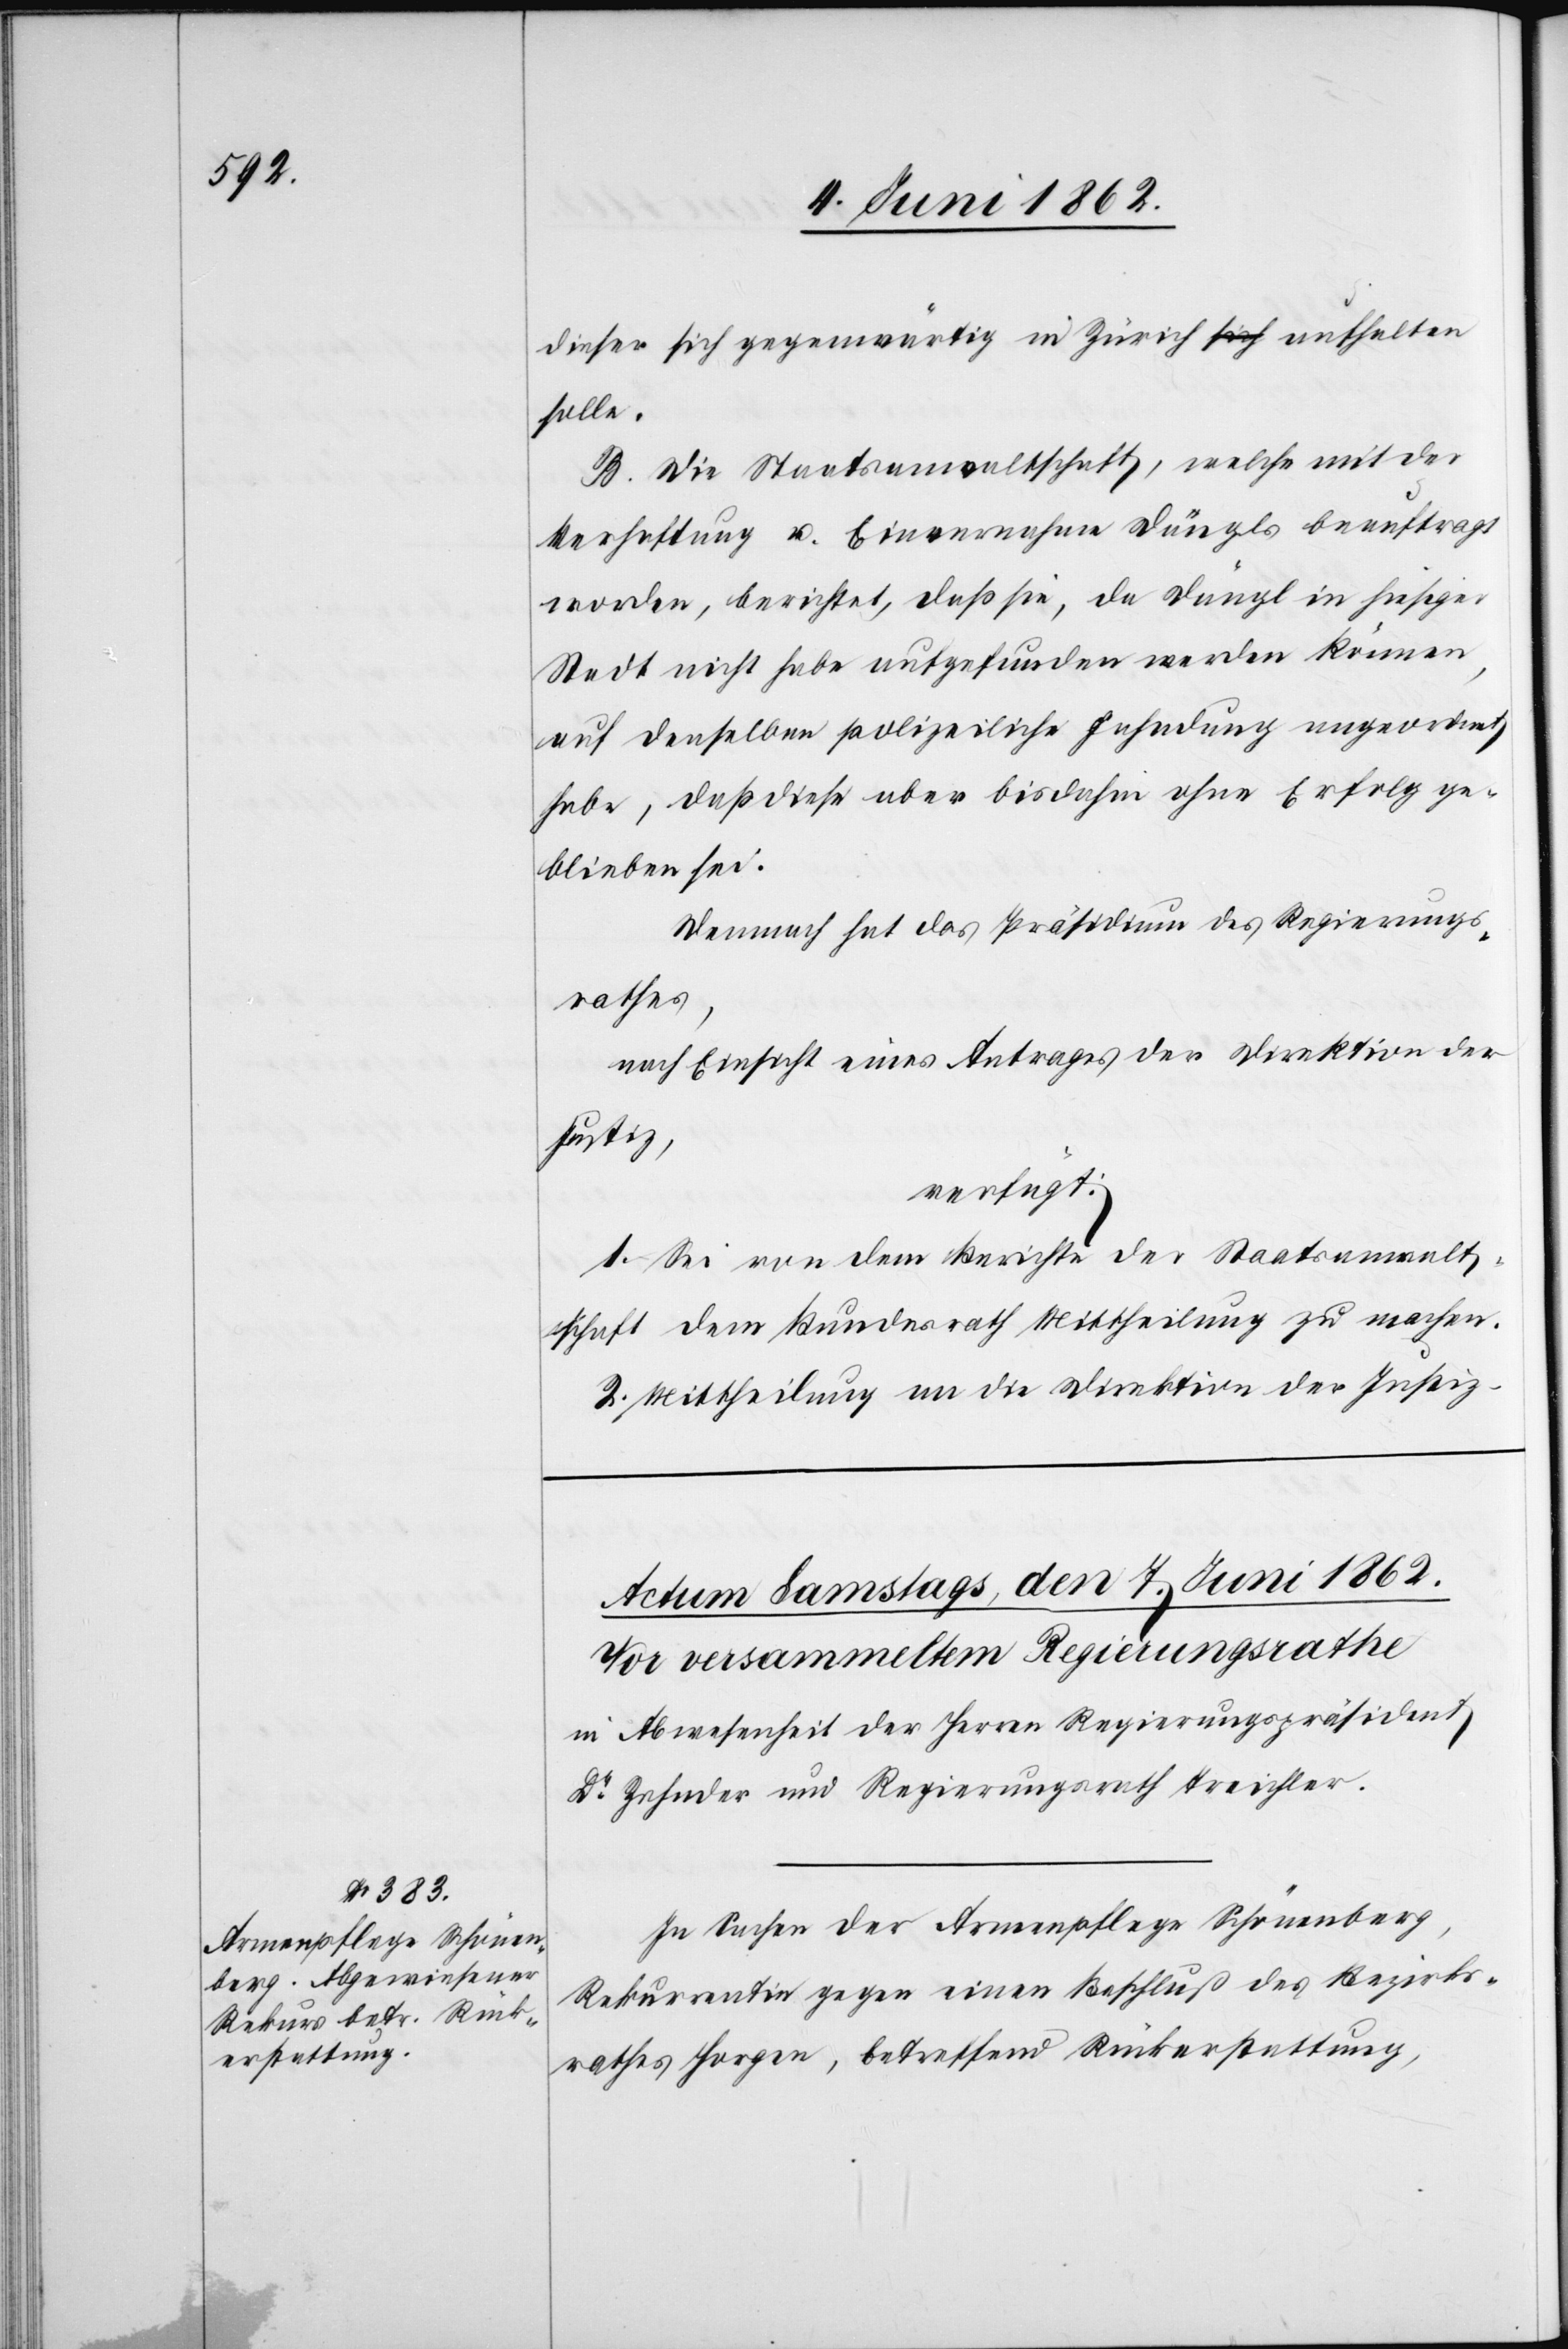
dieser sich gegenwärtig in Zürich aufhalten
solle.
B. Die Staatsanwaltschaft, welche mit der
Verhaftung u. Einvernahme Dängls beauftragt
worden, berichtet, daß sie, da Dängl in hiesiger
Stadt nicht habe aufgefunden werden können,
auf denselben polizeiliche Fahndung angeordnet
habe, daß diese aber bis dahin ohne Erfolg ge¬
blieben sei.
Demnach hat das Präsidium des Regierungs¬
rathes,
nach Einsicht eines Antrages der Direktion der
Justiz,
verfügt:
1. Sei von dem Berichte der Staatsanwalt¬
schaft dem Bundesrath Mittheilung zu machen.
2. Mittheilung an die Direktion der Justiz.
In Sachen der Armenpflege Schönenberg,
Rekurrentin gegen einen Beschluß des Bezirks¬
rathes Horgen, betreffend Rückerstattung,